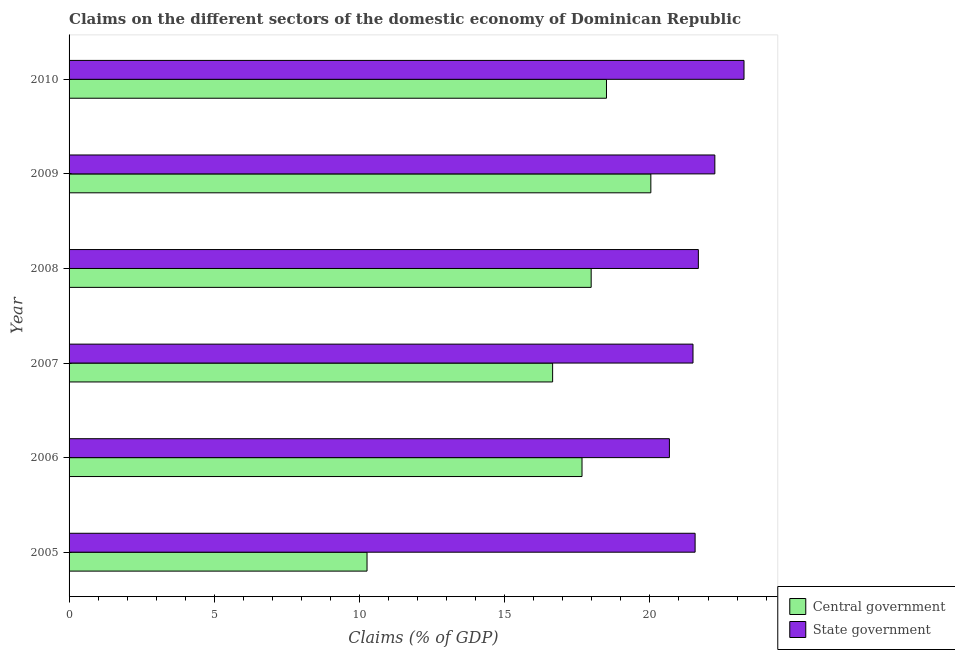
| Year | Central government | State government |
 | --- | --- | --- |
 | 2005 | 10.3 | 21.6 |
 | 2006 | 17.7 | 20.7 |
 | 2007 | 16.6 | 21.5 |
 | 2008 | 18 | 21.7 |
 | 2009 | 20 | 22.2 |
 | 2010 | 18.5 | 23.2 |